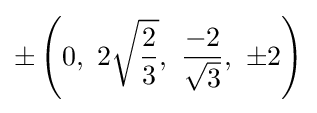
\pm \left(0,\ 2{\sqrt {\frac {2}{3}}},\ {\frac {-2}{\sqrt {3}}},\ \pm 2\right)